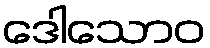
ဒေါသောဝ